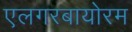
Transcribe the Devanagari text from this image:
एलगरबायोरम